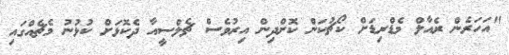
"އަހަރެން ރެއާލް މެޑްރިޑަށް ކޯޗުކަން ކޮށްދިން އިރުވެސް ޗެލްސީއާ ދެކޮޅަށް ކުޅުނު މެޗެއްގައި